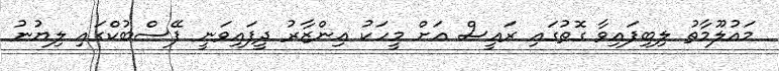
މައުލޫމާތު ލިބިފައިވާ ގޮތުގައި ރައީސް އަށް މީހަކު އިންޒާރު ދީފައިވަނީ ފޭސްބުކްގައި ލިޔުނު